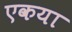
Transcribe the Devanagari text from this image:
एकया